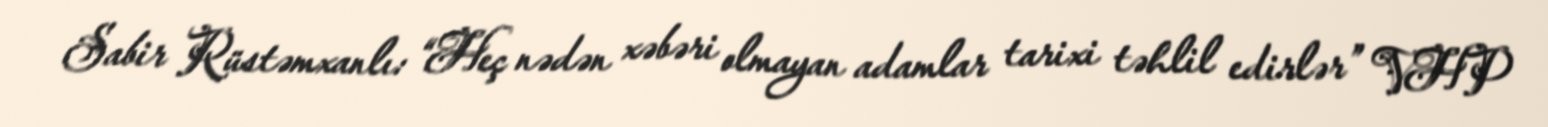
Sabir Rüstəmxanlı: “Heç nədən xəbəri olmayan adamlar tarixi təhlil edirlər” VHP